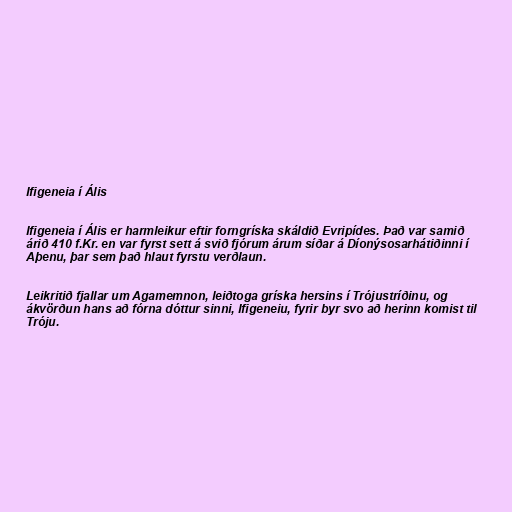
Ifigeneia í Ális

Ifigeneia í Ális er harmleikur eftir forngríska skáldið Evripídes. Það var samið
árið 410 f.Kr. en var fyrst sett á svið fjórum árum síðar á Díonýsosarhátiðinni í
Aþenu, þar sem það hlaut fyrstu verðlaun.

Leikritið fjallar um Agamemnon, leiðtoga gríska hersins í Trójustríðinu, og
ákvörðun hans að fórna dóttur sinni, Ifigeneiu, fyrir byr svo að herinn komist til
Tróju.